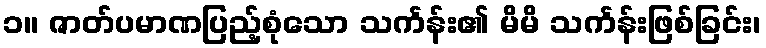
၁။ ဇာတ်ပမာဏပြည့်စုံသော သင်္ကန်း၏ မိမိ သင်္ကန်းဖြစ်ခြင်း၊